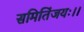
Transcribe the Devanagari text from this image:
समितिंजयः।।